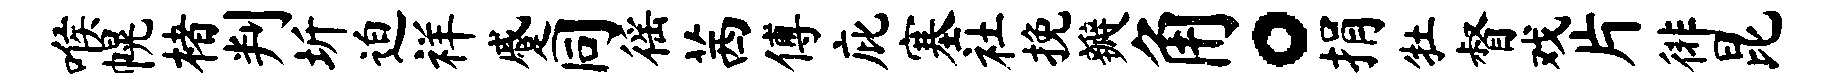
喉幌楮判圻迫祥蹙同徭茜傅庇塞社挽瓣角。捐牡督戏片徘昆